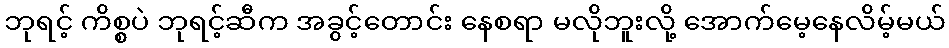
ဘုရင့် ကိစ္စပဲ ဘုရင့်ဆီက အခွင့်တောင်း နေစရာ မလိုဘူးလို့ အောက်မေ့နေလိမ့်မယ်